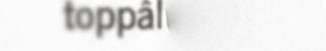
toppâlum já